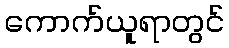
ကောက်ယူရာတွင်